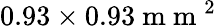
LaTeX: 0.93\times 0.93\mathrm{~m~m~}^{2}